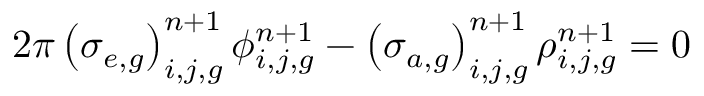
2 \pi \left( \sigma _ { e , g } \right) _ { i , j , g } ^ { n + 1 } \phi _ { i , j , g } ^ { n + 1 } - \left( \sigma _ { a , g } \right) _ { i , j , g } ^ { n + 1 } \rho _ { i , j , g } ^ { n + 1 } = 0